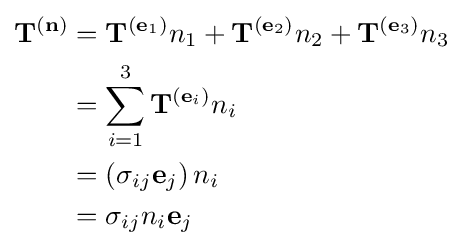
{\begin{aligned}\mathbf {T} ^{(\mathbf {n} )}&=\mathbf {T} ^{(\mathbf {e} _{1})}n_{1}+\mathbf {T} ^{(\mathbf {e} _{2})}n_{2}+\mathbf {T} ^{(\mathbf {e} _{3})}n_{3}\\&=\sum _{i=1}^{3}\mathbf {T} ^{(\mathbf {e} _{i})}n_{i}\\&=\left(\sigma _{ij}\mathbf {e} _{j}\right)n_{i}\\&=\sigma _{ij}n_{i}\mathbf {e} _{j}\end{aligned}}